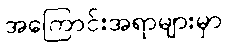
အကြောင်းအရာများမှာ